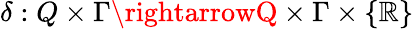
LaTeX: \delta:Q\times\Gamma\rightarrowQ\times\Gamma\times\{ \mathbb{R}\}